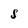
Character: S